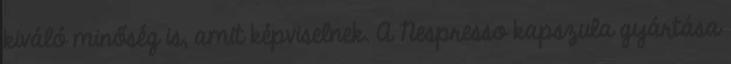
kiváló minőség is, amit képviselnek. A Nespresso kapszula gyártása